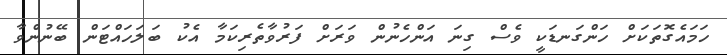
ހަމައެގޮތަކަށް ހަންގަނޑަކީ ވެސް ގިނަ އަންހެނުން ވަރަށް ފަރުވާތެރިކަމާ އެކު ބަލަހައްޓަން ބޭނުންވާ